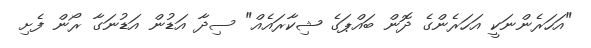
"އަހަރެންނަކީ އަހަރެންގެ ދޮން ބައްޕަގެ ޝިކާރައެއް" ސިދާ އަޑުން އަޑުނަގާ ރޯން ފެށި